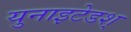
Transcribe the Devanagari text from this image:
युनाइटेडश्